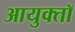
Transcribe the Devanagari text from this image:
आयुक्तॉ